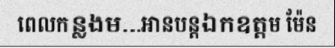
ពេលកន្លងម...អានបន្តឯកឧត្តម ម៉ែន